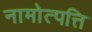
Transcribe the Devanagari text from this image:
नामोत्पत्ति